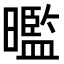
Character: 𭧿